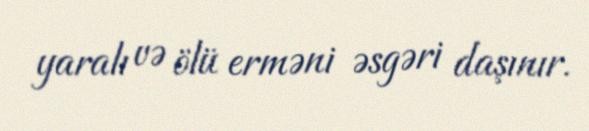
yaralı və ölü erməni əsgəri daşınır.